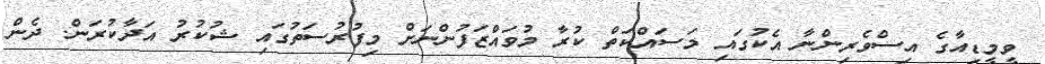
ވީމީޑިއާގެ އިސްވެރިންނާ އެކުގައި މަސައްކަތް ކުރާ މުވައްޒަފުންނަށް މިފުރުސަތުގައި ޝުކުރު އަދާކުރަން. ދެން